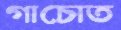
গাচোত